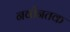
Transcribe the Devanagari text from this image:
नवीनतक